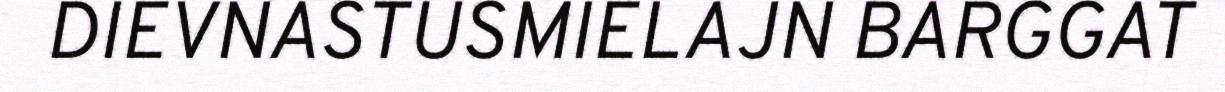
DIEVNASTUSMIELAJN BARGGAT